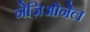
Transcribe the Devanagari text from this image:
नेज़िओनेल